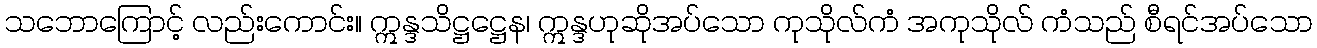
သဘောကြောင့် လည်းကောင်း။ ဣန္ဒသိဋ္ဌဋ္ဌေန၊ ဣန္ဒဟုဆိုအပ်သော ကုသိုလ်ကံ အကုသိုလ် ကံသည် စီရင်အပ်သော